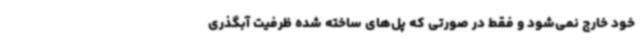
خود خارج نمی‌شود و فقط در صورتی که پل‌های ساخته شده ظرفیت آبگذری